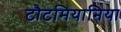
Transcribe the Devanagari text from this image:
टौटमियानिया